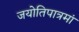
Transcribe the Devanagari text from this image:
जयोतिपात्रमां